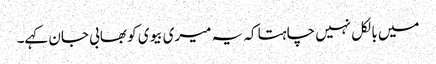
میں بالکل نہیں چاہتا کہ یہ میری بیوی کو بھابی جان کہے۔